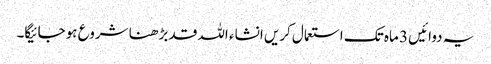
یہ دوائیں 3 ماہ تک استعمال کریں انشاء اللہ قد بڑھنا شروع ہوجائیگا۔